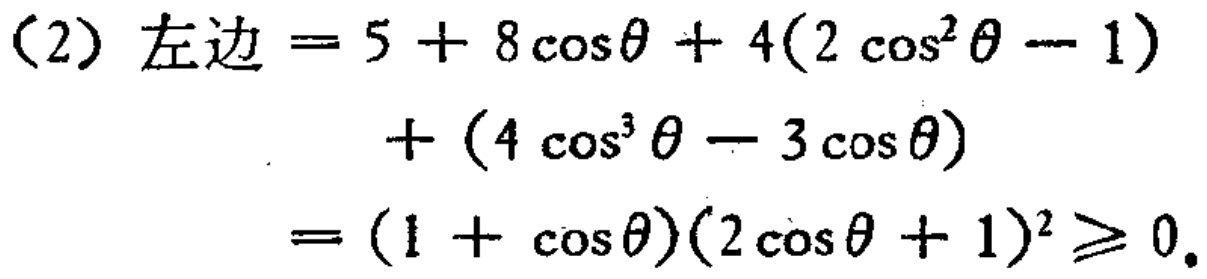
\[

\begin{align*}

\text{左边}&=5 + 8\cos\theta+4(2\cos^{2}\theta - 1)\\

&+(4\cos^{3}\theta - 3\cos\theta)\\

&=(1 + \cos\theta)(2\cos\theta + 1)^{2}\geq0.

\end{align*}

\]